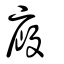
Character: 廄